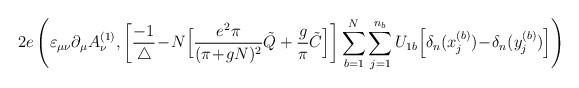
LaTeX: \begin{align*}2e \left( \varepsilon_{\mu \nu} \partial_\mu A^{(1)}_\nu,\bigg[ \frac{-1}{\triangle}\!-\!N \Big[ \frac{e^2 \pi}{(\pi\!+\!gN)^2}\tilde{Q} +\frac{g}{\pi} \tilde{C} \Big]\bigg] \sum_{b=1}^N \sum_{j=1}^{n_b} U_{1 b}\Big[ \delta_n(x_j^{(b)})\!-\!\delta_n(y_j^{(b)}) \Big] \right)\end{align*}